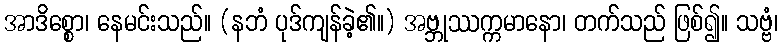
အာဒိစ္စော၊ နေမင်းသည်။ (နဘံ ပုဒ်ကျန်ခဲ့၏။) အဗ္ဘုဿက္ကမာနော၊ တက်သည် ဖြစ်၍။ သဗ္ဗံ၊